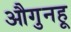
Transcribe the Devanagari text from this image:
औगुनहू